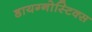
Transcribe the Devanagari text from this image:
डायग्‍नोस्टिक्‍स